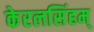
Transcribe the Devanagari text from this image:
केरलसिंहम्